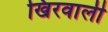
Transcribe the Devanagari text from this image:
खिरवाली